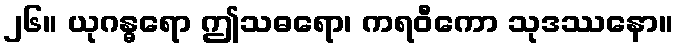
၂၆။ ယုဂန္ဓရော ဤသဓရော၊ ကရဝီကော သုဒဿနော။